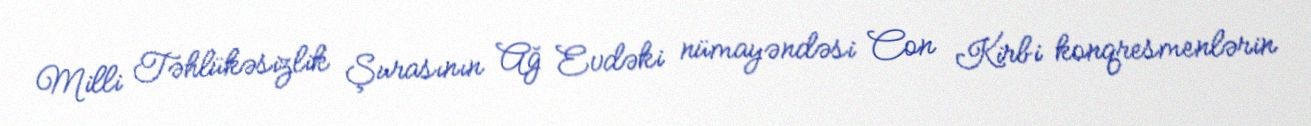
Milli Təhlükəsizlik Şurasının Ağ Evdəki nümayəndəsi Con Kirbi konqresmenlərin